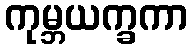
ကုမ္ဘယက္ခကာ